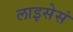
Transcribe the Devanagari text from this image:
लाइसेसं